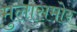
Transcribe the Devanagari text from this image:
मुलासमोर